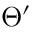
\Theta ^ { \prime }